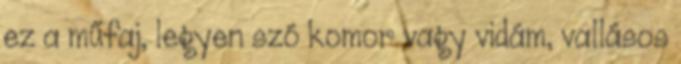
ez a műfaj, legyen szó komor vagy vidám, vallásos